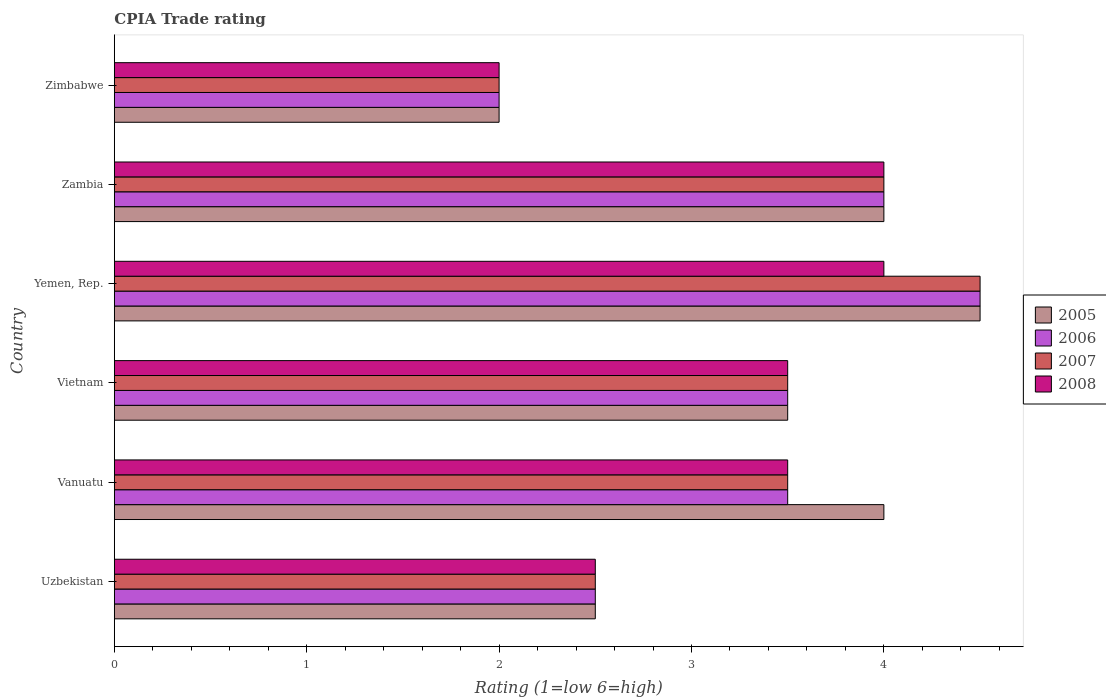
| Country | 2005 | 2006 | 2007 | 2008 |
 | --- | --- | --- | --- | --- |
 | Uzbekistan | 2.5 | 2.5 | 2.5 | 2.5 |
 | Vanuatu | 4 | 3.5 | 3.5 | 3.5 |
 | Vietnam | 3.5 | 3.5 | 3.5 | 3.5 |
 | Yemen, Rep. | 4.5 | 4.5 | 4.5 | 4 |
 | Zambia | 4 | 4 | 4 | 4 |
 | Zimbabwe | 2 | 2 | 2 | 2 |